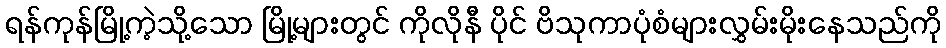
ရန်ကုန်မြို့ကဲ့သို့သော မြို့များတွင် ကိုလိုနီ ပိုင် ဗိသုကာပုံစံများလွှမ်းမိုးနေသည်ကို